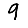
Digit: 9